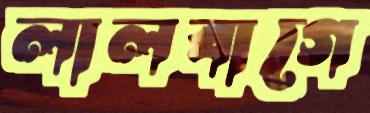
লালবাগে